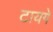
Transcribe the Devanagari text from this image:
टायगे